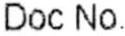
DOC NO